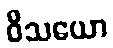
ဝိသယော